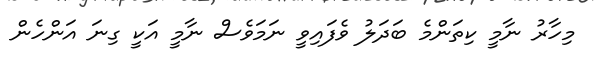
މިހާރު ނާމީ ކިތަންމެ ބަދަލު ވެފައިވީ ނަމަވެސް ނާމީ އަކީ ގިނަ އަންހެން